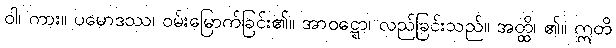
ဝါ၊ ကား။ ပမောဒဿ၊ ဝမ်းမြောက်ခြင်း၏။ အာဝဋ္ဋော၊ လည်ခြင်းသည်။ အတ္ထိ၊ ၏။ ဣတိ